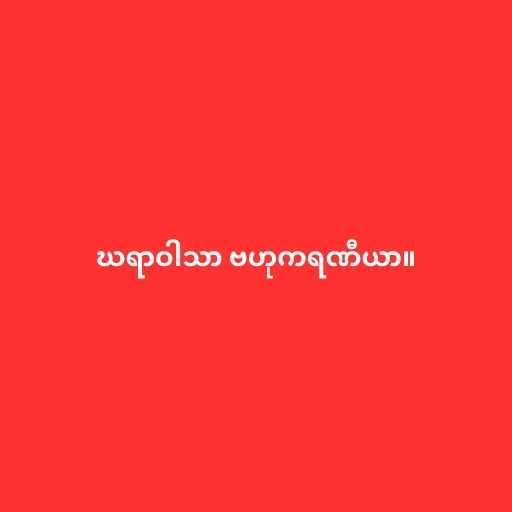
ဃရာဝါသာ ဗဟုကရဏီယာ။